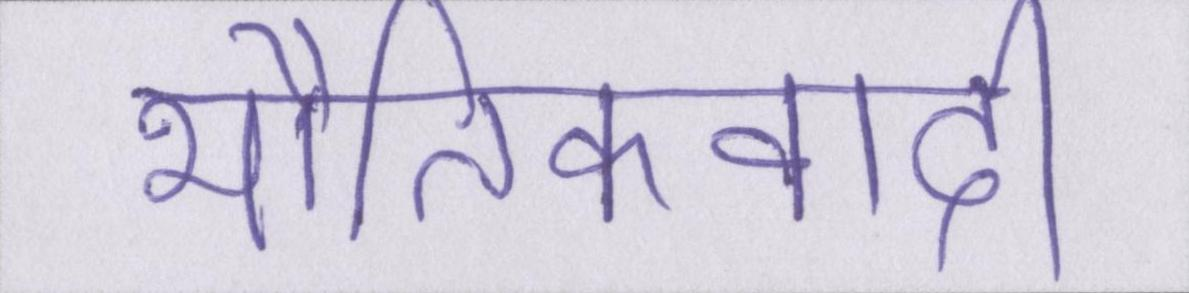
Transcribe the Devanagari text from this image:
भौतिकवादी